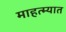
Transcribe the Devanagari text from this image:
माहत्म्यात